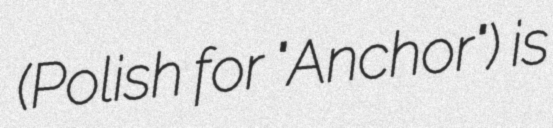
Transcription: (Polish for "Anchor") is